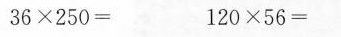
$$3 6 \times 2 5 0 =$$ $$1